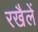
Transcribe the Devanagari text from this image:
रखैलें